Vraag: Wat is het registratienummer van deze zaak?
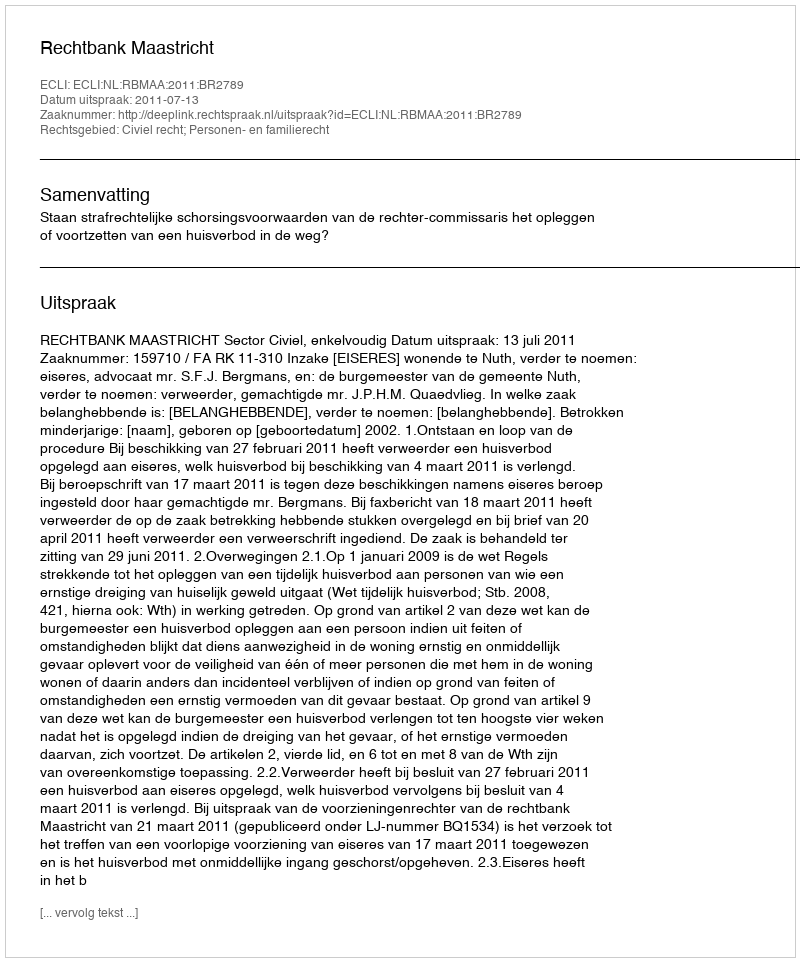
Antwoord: http://deeplink.rechtspraak.nl/uitspraak?id=ECLI:NL:RBMAA:2011:BR2789